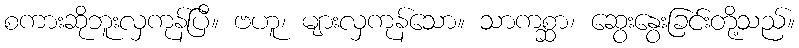
စကားဆိုဘူးလှကုန်ပြီ။ ဗဟူ၊ များလှကုန်သော။ သာကစ္ဆာ၊ ဆွေးနွေးခြင်းတို့သည်။